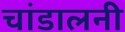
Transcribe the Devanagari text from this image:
चांडालनी